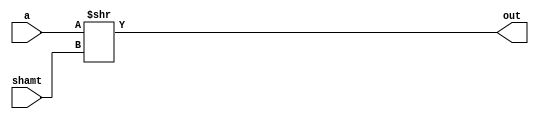
module RightShifter(a,shamt,out);
input [23:0] a;
input [7:0] shamt;
output [23:0] out;

assign out = a>>shamt;


endmodule